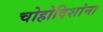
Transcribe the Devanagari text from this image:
चोहोदिशांना